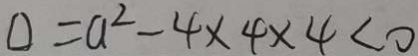
\Delta = a ^ { 2 } - 4 \times 4 \times 4 < 0